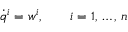
\displaystyle { \dot { q } } ^ { i } = w ^ { i } , \qquad i = 1 , \, \ldots , \, n